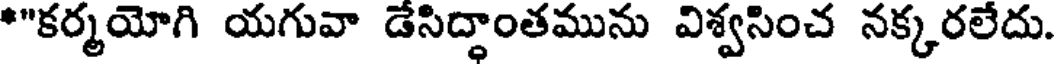
*"కర్మయోగి యగువా డేసిద్ధాంతమును విశ్వసించ నక్కరలేదు.